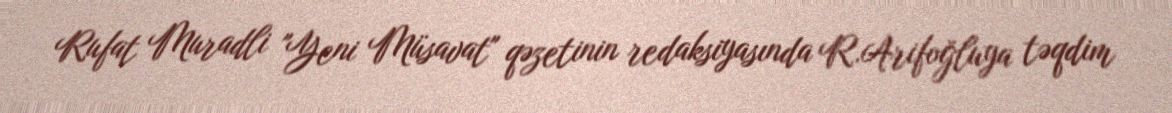
Rufat Muradli "Yeni Müsavat" qəzetinin redaksiyasında R.Arifoğluya təqdim